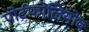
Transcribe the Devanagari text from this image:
पोर्टफोलियोव